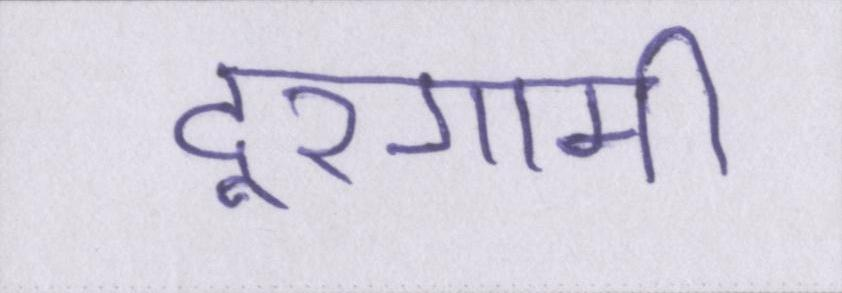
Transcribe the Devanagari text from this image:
दूरगामी